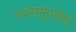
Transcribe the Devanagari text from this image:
ज्वालामुखीने